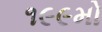
૧૯૯મો